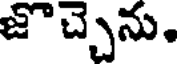
జొచ్చెను.